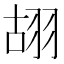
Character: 䎁